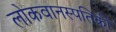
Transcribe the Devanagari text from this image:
लोकवानस्पतिकी